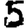
Digit: 5